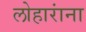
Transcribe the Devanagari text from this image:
लोहारांना